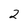
Character: 2